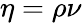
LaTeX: \eta=\rho\nu